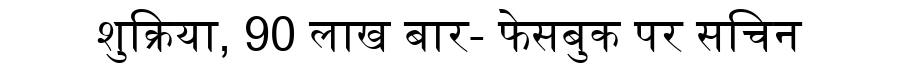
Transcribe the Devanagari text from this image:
शुक्रिया, 90 लाख बार- फेसबुक पर सचिन